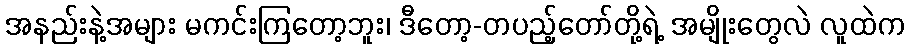
အနည်းနဲ့အများ မကင်းကြတော့ဘူး၊ ဒီတော့-တပည့်တော်တို့ရဲ့ အမျိုးတွေလဲ လူထဲက